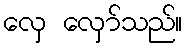
လှေ လှော်သည်။